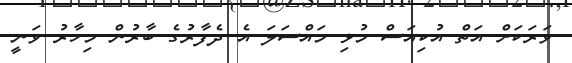
ވަރަކަށް އަތް އުކިއަސް މުޅި މައްސަލަ އެ ދެފާރުގެ ބާރުން މިހާރު ވަނީ